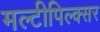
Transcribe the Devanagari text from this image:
मल्टीपिल्क्सर